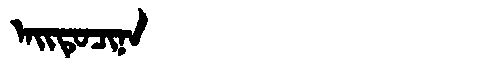
Manchu: ᠠᡳᡨᡠᠴᡳᠨᠠ
Romanization: AITUCINA